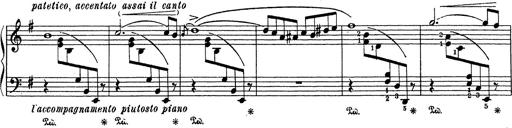
Title: Grosses Konzertsolo
Composer: Franz Liszt